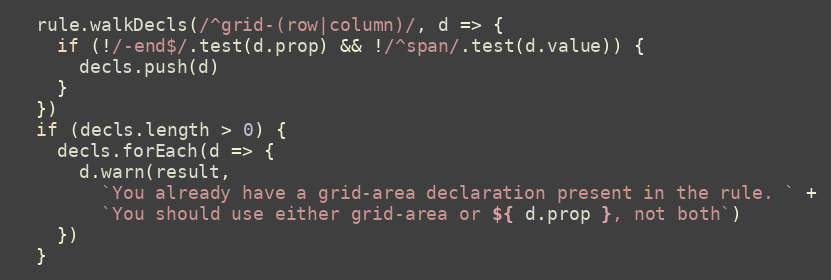
Language: JavaScript
  rule.walkDecls(/^grid-(row|column)/, d => {
    if (!/-end$/.test(d.prop) && !/^span/.test(d.value)) {
      decls.push(d)
    }
  })
  if (decls.length > 0) {
    decls.forEach(d => {
      d.warn(result,
        `You already have a grid-area declaration present in the rule. ` +
        `You should use either grid-area or ${ d.prop }, not both`)
    })
  }